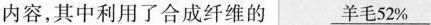
内容，其中利用了合成纤维的 \underline{羊毛52%}